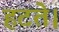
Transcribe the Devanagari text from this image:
हटते।